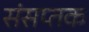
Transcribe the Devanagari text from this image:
संसप्तक